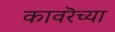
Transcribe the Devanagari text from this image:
कावरॆच्या